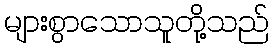
များစွာသောသူတို့သည်